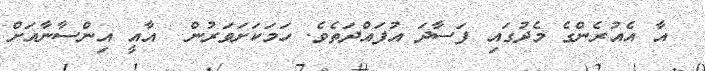
އާ އެއުރެންގެ މެދުގައި ފަސާދަ އުފައްދަތެވެ. ހަމަކަށަވަރުން  އާއީ އިންސާާނާއަށް